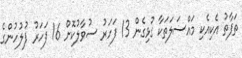
ތަފާތު އެކިއެކި މައްސަލަތަކާ ގުޅިގެން 13 ފަހަރު ސުވާލުކޮށް 16 ފަހަރު ފުލުހުންގެ